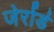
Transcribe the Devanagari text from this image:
जेर्रार्ड